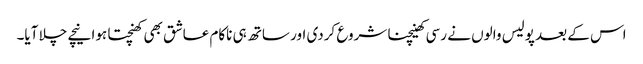
اس کے بعد پولیس والوں نے رسی کھینچنا شروع کردی اور ساتھ ہی ناکام عاشق بھی کھنچتا ہوا نیچے چلا آیا۔